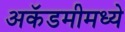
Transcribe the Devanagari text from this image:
अकॅडमीमध्ये